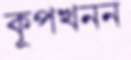
কূপখনন